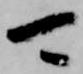
可